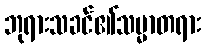
ဘုရားသခင်၏သမ္မာတရား